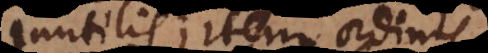
lis; item ordinis